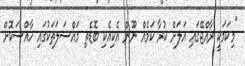
"މިކަމަކީ ރާއްޖޭގައި އަލަށް ކުރާ ކަމެއް ނޫން އެކިއެކި ބޮޑެތި މައްސަލަތަކުގައި ހާއްސަކޮށް